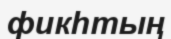
фикһтың